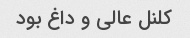
کلنل عالی و داغ بود